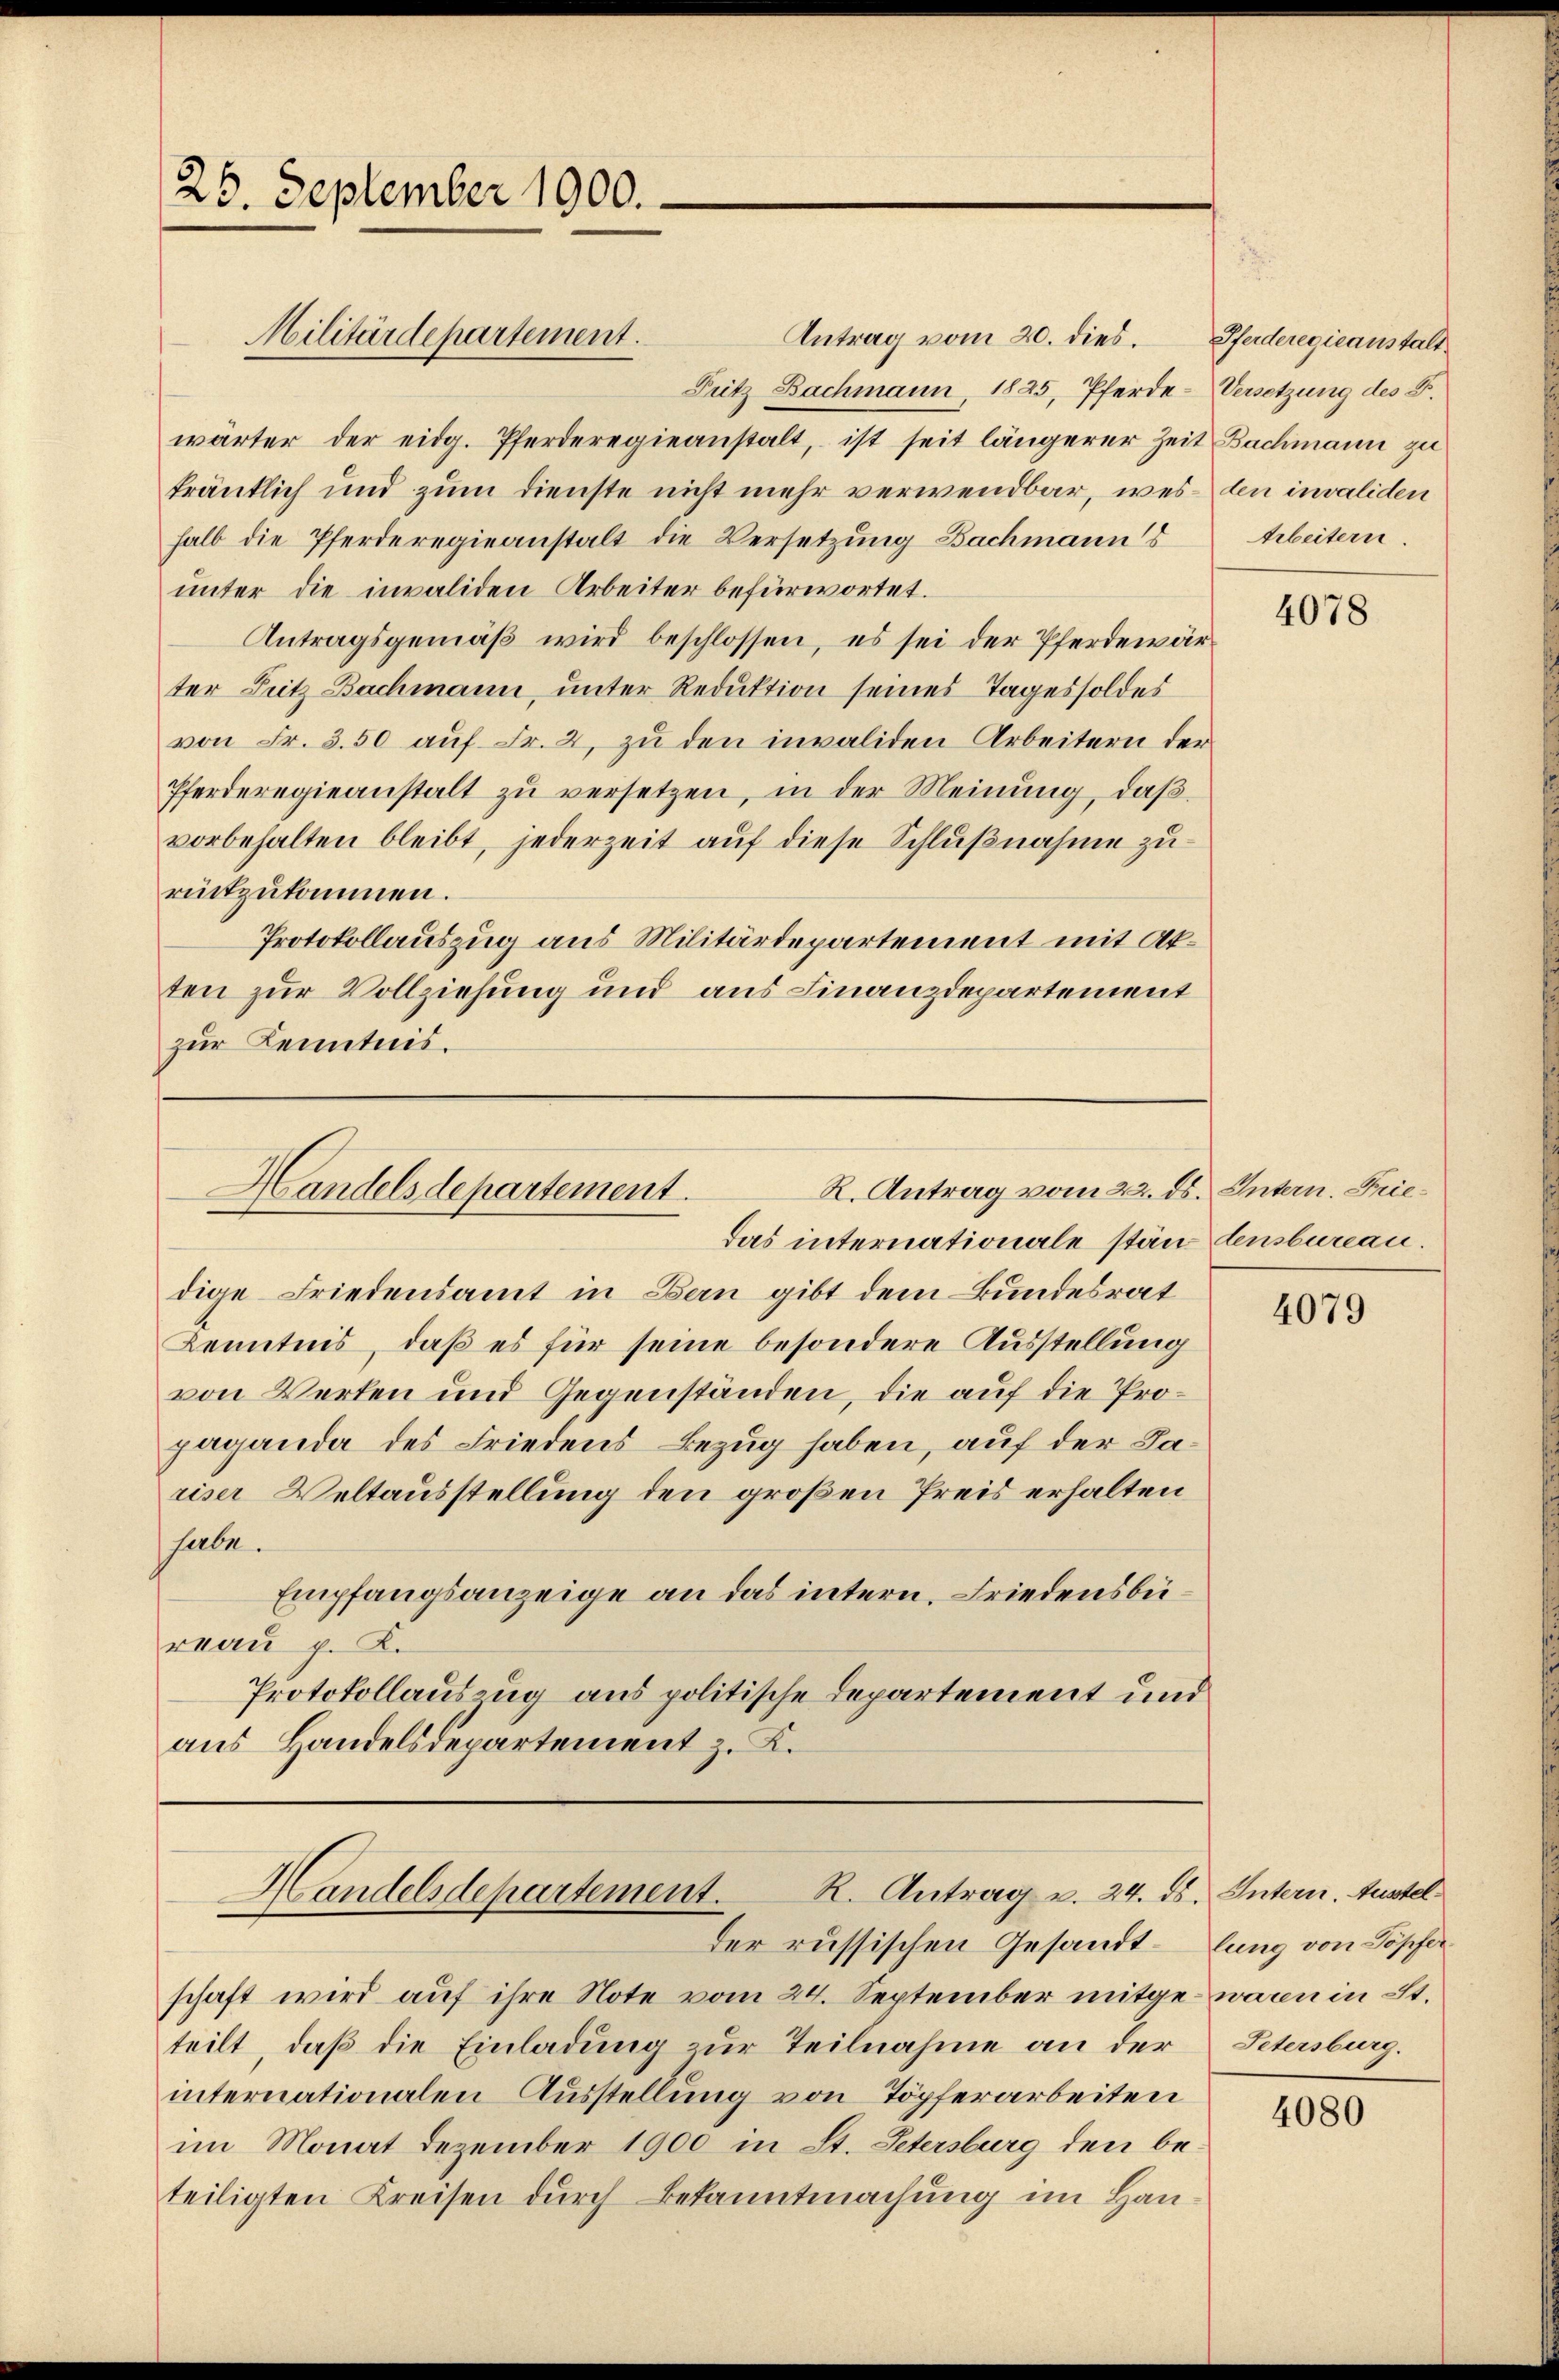
25. September 1900.

Antrag vom 20. dies. Pferderegieanstalt
Pritz Bachmann 1825, Pferde-Versetzung des F.
wärter der eidg. Pferderegieanstalt, ist seit längerer Zeit Bachmann zu
tränklich und zum Dienste nicht mehr verwendbar, wes den invaliden
halb die Pferderegieanstalt die Versetzung Bachmanns
unter die invaliden Arbeiter befürwortet.
Antragsgemäß wird beschlossen, es sei der Pferdewärter Fritz Bachmann, unter Reduktion seines Tages soldes
von Fr. 3.50 auf Fr. 2, zu den invaliden Arbeitern der
Pferderegieanstalt zu versetzen, in der Meinung, daß
vorbehalten bleibt, jederzeit aŭf diese Schlŭβnahme zu-
rückzukommen.
Protokollauszug aus Militärdepartement mit Akten zur Vollziehung und aus Finanzdepartement
zur Kenntnis.

Militärdepartement.

R. Antrag vom 22. ds. Intern. Frie¬
Handelsdepartement.

R. Antrag v. 24. ds. Intern. Austel
Handelsdepartement.
der russischen Gesandt-lung von Töpfer

schaft wird auf ihre Note vom 24. September mitge warn in St.
teilt, daß die Einladung zur Teilnahme an der
internationalen Ausstellung von Töpferarbeiten
im Monat Dezember 1900 in St. Petersburg den beteiligten Kreisen durch Bekanntmachung im Han¬

Arbeitern.

das internationale ständensbureau.
dige Friedensamt in Bern gibt dem Bundesrat
Kenntnis, daß es für seine besondere Ausstellung
von Werten und Gegenständen, die auf die Propaganda des Friedens Bezug haben, auf der Dariser Weltausstellung den großen Preis erhalten
habe.
Empfangsanzeige an das intern. Friedensberuun p. K.
Protokollauszug aus politische Departement und
aus Handelsdepartement z. K.

4078

4079

Petersburg.

4080